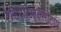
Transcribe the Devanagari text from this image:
रेडियोआईसोटॉप